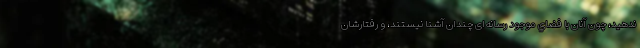
ندهيد، چون آنان با فضاي موجود رسانه‌ای چندان آشنا نيستند، و رفتارشان